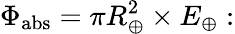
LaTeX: \Phi_{\mathrm{abs}}=\pi R_{\oplus}^{2}\times E_{\oplus}: